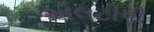
એલટીપી